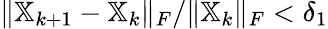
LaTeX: {\lVert\mathbb{X}_{k+1}-\mathbb{X}_{k}\rVert_{F}}/{\lVert\mathbb{X}_{k}\rVert_{F}}<\delta_{1}